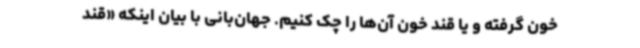
خون گرفته و یا قند خون آن‌ها را چک کنیم. جهان‌بانی با بیان اینکه «قند